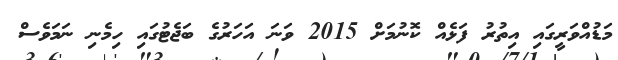
މަޑުއްވަރީގައި އިތުރު ފަޅެއް ކޮނުމަށް 2015 ވަނަ އަހަރުގެ ބަޖެޓުގައި ހިމެނި ނަމަވެސް